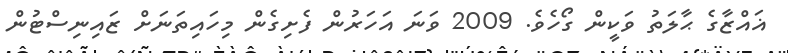
ޣައްޒާގެ ޙާލަތު ވަކީން ގޯހެވެ. 2009 ވަނަ އަހަރުން ފެށިގެން މިހައިތަނަށް ޒައިނިސްޓުން